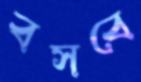
বসবে